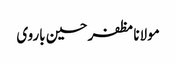
مولانا مظفر حسین باروی